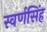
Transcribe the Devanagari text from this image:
स्वर्णसिंह